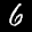
Digit: 6